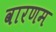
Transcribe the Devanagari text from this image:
वारणम